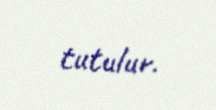
tutulur.